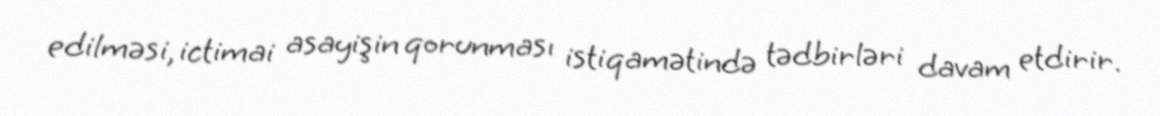
edilməsi, ictimai asayişin qorunması istiqamətində tədbirləri davam etdirir.